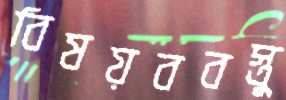
বিষয়ববস্তু